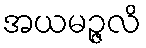
အယမဉ္ဇလိ